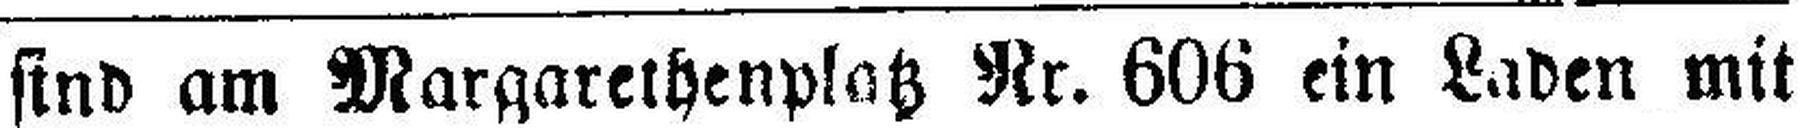
sind Margarethenplatz Nr. 606 ein Laden mit